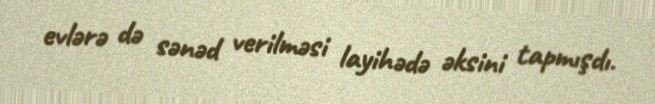
evlərə də sənəd verilməsi layihədə əksini tapmışdı.